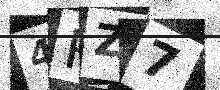
Text: 4RZ7